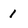
Character: 1